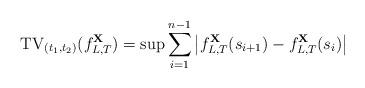
LaTeX: \begin{align*}\mathrm{TV}_{(t_1,t_2)}(f^\mathbf {X}_{L, T})=\sup \sum^{n-1}_{i=1} \left |f^\mathbf {X}_{L, T}(s_{i+1})-f^\mathbf {X}_{L, T}(s_i)\right |\end{align*}